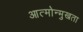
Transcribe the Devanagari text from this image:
आत्मोन्मुखता